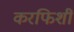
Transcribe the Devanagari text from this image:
करफिशीं